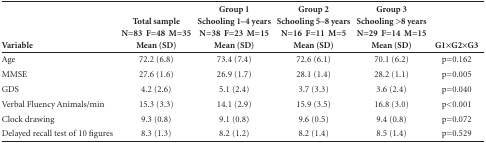
| Variable | Total sample N=83F=48 M=35 Mean (SD) | Group 1 Schooling 1-4years N=38F=23M=15 Mean (SD) | Group 2 Schooling 5-8years N=16F=11M=5 Mean (SD) | Group 3 Schooling >8years N=29F=14M=15 Mean (SD) | G1×G2×G3 |
 | --- | --- | --- | --- | --- | --- |
 | Age | 72.2 (6.8) | 73.4 (7.4) | 72.6 (6.1) | 70.1 (6.2) | p=0.162 |
 | MMSE | 27.6 (1.6) | 26.9 (1.7) | 28.1 (1.4) | 28.2 (1.1) | p=0.005 |
 | GDS | 4.2 (2.6) | 5.1 (2.4) | 3.7 (3.3) | 3.6 (2.4) | p=0.040 |
 | Verbal Fluency Animals/min | 15.3 (3.3) | 14.1 (2.9) | 15.9 (3.5) | 16.8 (3.0) | p<0.001 |
 | Clock drawing | 9.3 (0.8) | 9.1 (0.8) | 9.6 (0.5) | 9.4 (0.8) | p=0.072 |
 | Delayed recall test of 10 figures | 8.3 (1.3) | 8.2 (1.2) | 8.2 (1.4) | 8.5 (1.4) | p=0.529 |